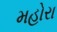
મહોરા